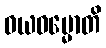
ဝယဓမ္မောတိ